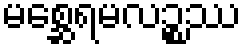
မစ္ဆေရမလဉ္စဿ